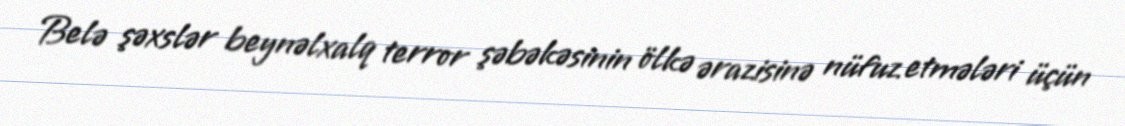
Belə şəxslər beynəlxalq terror şəbəkəsinin ölkə ərazisinə nüfuz etmələri üçün